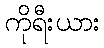
ကိုရီးယား